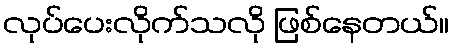
လုပ်ပေးလိုက်သလို ဖြစ်နေတယ်။